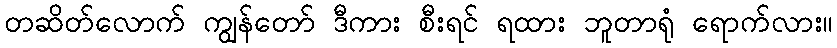
တဆိတ်လောက် ကျွန်တော် ဒီကား စီးရင် ရထား ဘူတာရုံ ရောက်လား။